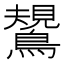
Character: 𪄯